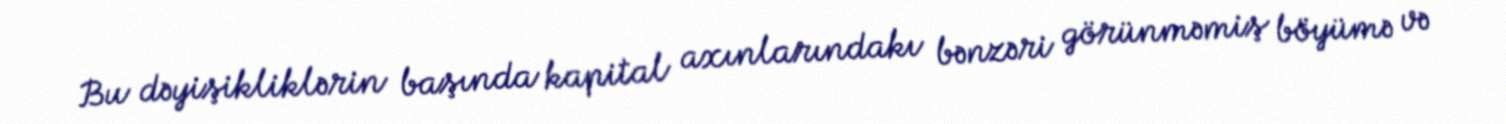
Bu dəyişikliklərin başında kapital axınlarındakı bənzəri görünməmiş böyümə və